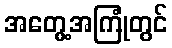
အတွေ့အကြုံတွင်